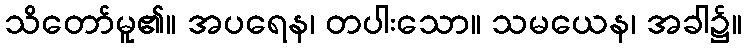
သိတော်မူ၏။ အပရေန၊ တပါးသော။ သမယေန၊ အခါ၌။